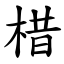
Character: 棤